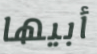
أبيها